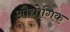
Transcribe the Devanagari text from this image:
औद्योगिक